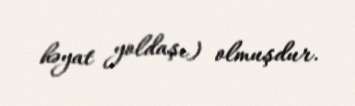
həyat yoldaşı) olmuşdur.